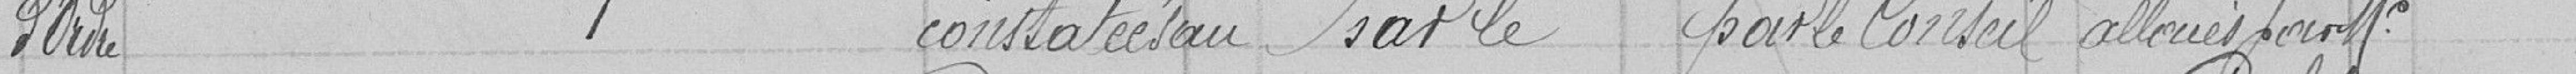
L'ordre constatées par le par le Conseil alloués par Mr